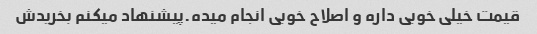
قیمت خیلی خوبی داره و اصلاح خوبی انجام میده.پیشنهاد میکنم بخریدش